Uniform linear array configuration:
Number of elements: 4
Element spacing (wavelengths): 1
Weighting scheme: blackman
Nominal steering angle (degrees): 15
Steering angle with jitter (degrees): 16.167
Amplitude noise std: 0.05
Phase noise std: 0.05

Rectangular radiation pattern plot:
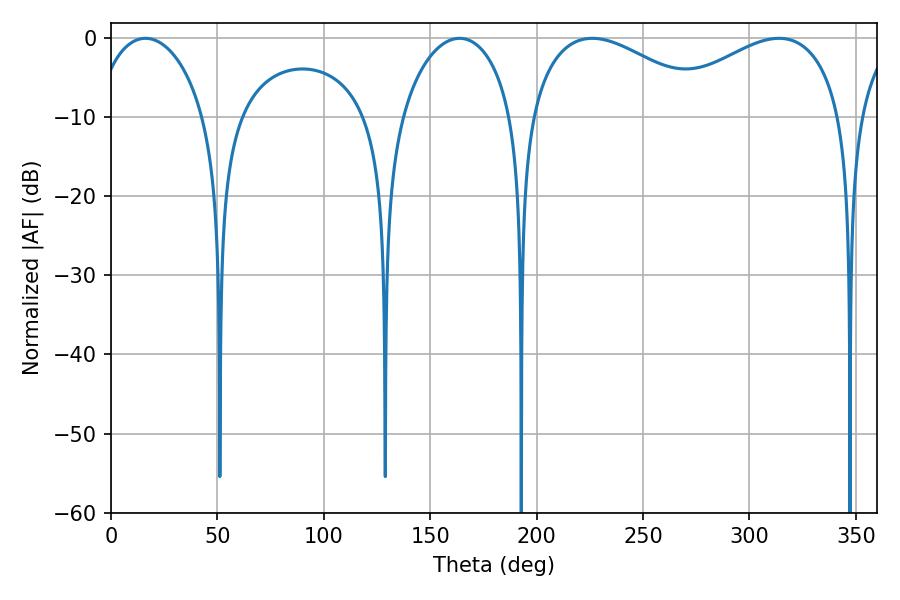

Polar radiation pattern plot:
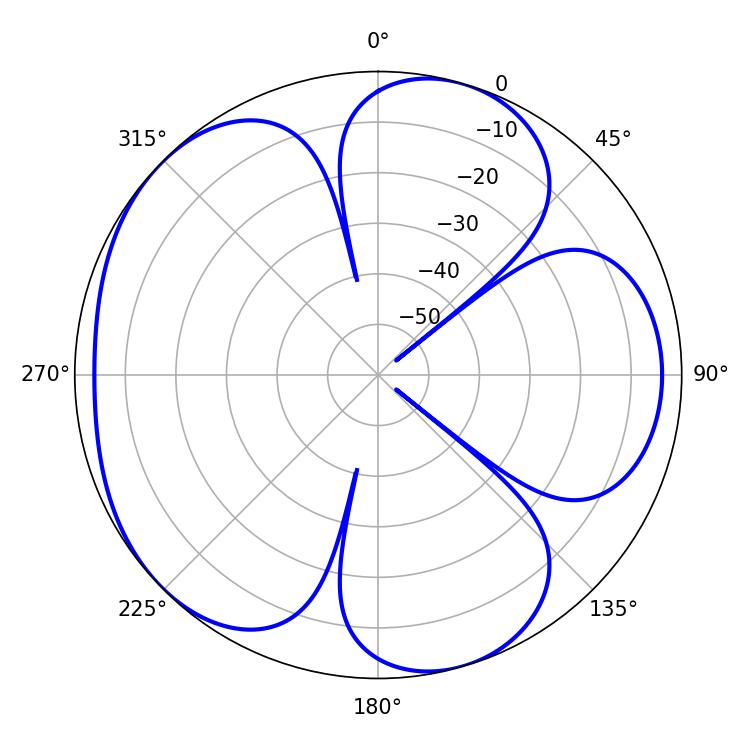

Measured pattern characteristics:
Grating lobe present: TRUE
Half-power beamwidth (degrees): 30.06
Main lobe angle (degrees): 16.2